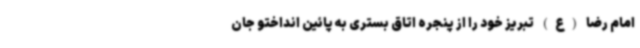
امام رضا (ع) تبریز خود را از پنجره اتاق بستری به پائین انداختو جان